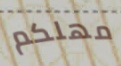
مهلكم